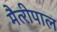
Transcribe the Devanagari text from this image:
मैत्‍रीपाल